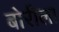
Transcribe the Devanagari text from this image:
बोरीला